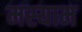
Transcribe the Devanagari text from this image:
मस्याम